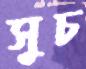
সুচ